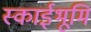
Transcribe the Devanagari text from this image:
स्काईभूमि